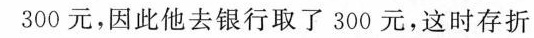
300元，因此他去银行取了300元，这时存折